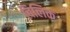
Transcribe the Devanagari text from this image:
बिलिक